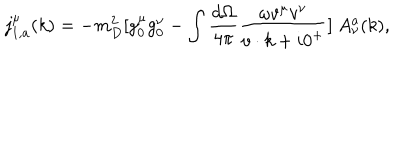
j _ { 1 , a } ^ { \mu } ( k ) = - m _ { D } ^ { 2 } [ g _ { 0 } ^ { \mu } g _ { 0 } ^ { \nu } - \int { \frac { d \Omega } { 4 \pi } } { \frac { \omega v ^ { \mu } v ^ { \nu } } { v \cdot k + i 0 ^ { + } } } ] \ A _ { \nu } ^ { a } ( k ) ,